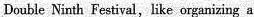
Double Ninth Festival,like organizing a